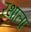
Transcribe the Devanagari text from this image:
रथाला